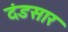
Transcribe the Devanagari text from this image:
दंडसार